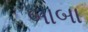
બાબા